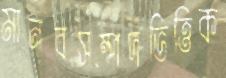
মানবসম্পদভিত্তিক